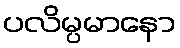
ပလိမ္ပမာနော